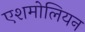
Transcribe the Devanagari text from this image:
एशमोलियन